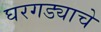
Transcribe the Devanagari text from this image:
घरगड्याचे